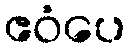
ဧဝံပေ